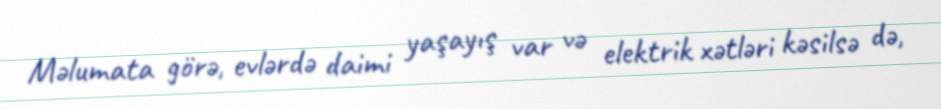
Məlumata görə, evlərdə daimi yaşayış var və elektrik xətləri kəsilsə də,